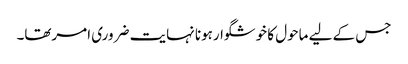
جس کے لیے ماحول کا خوشگوارہونا نہایت ضروری امرتھا۔